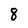
Character: 8